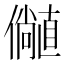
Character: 𫤁